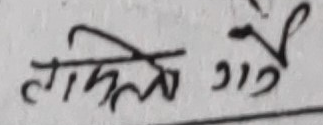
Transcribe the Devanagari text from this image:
तोकिए गए